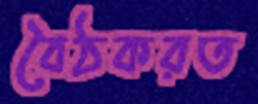
বৈঠকরত